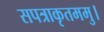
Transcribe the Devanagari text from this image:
सपत्राकृतममु।